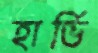
হার্ভি